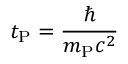
t _ { \mathrm { P } } = { \frac { \hbar } { m _ { \mathrm { P } } c ^ { 2 } } }